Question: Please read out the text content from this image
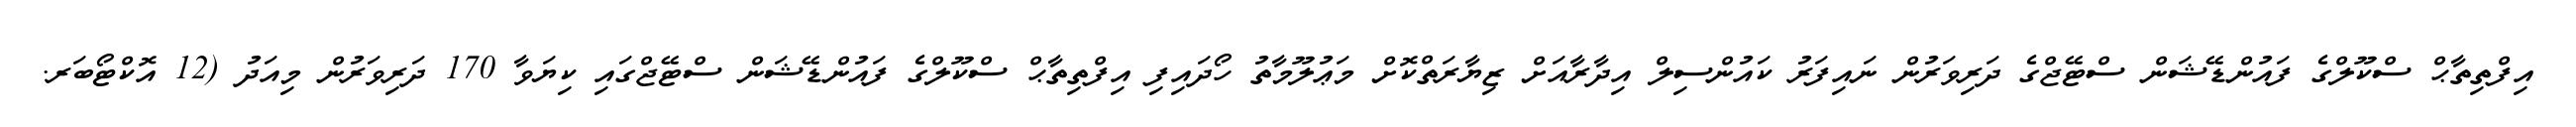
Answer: އިފްތިތާޙް ސްކޫލްގެ ފައުންޑޭޝަން ސްޓޭޖްގެ ދަރިވަރުން ނައިފަރު ކައުންސިލް އިދާރާއަށް ޒިޔާރަތްކޮށް މަޢުލޫމާތު ހޯދައިފި އިފްތިތާޙް ސްކޫލްގެ ފައުންޑޭޝަން ސްޓޭޖްގައި ކިޔަވާ 170 ދަރިވަރުން މިއަދު (12 އޮކްޓޯބަރ.